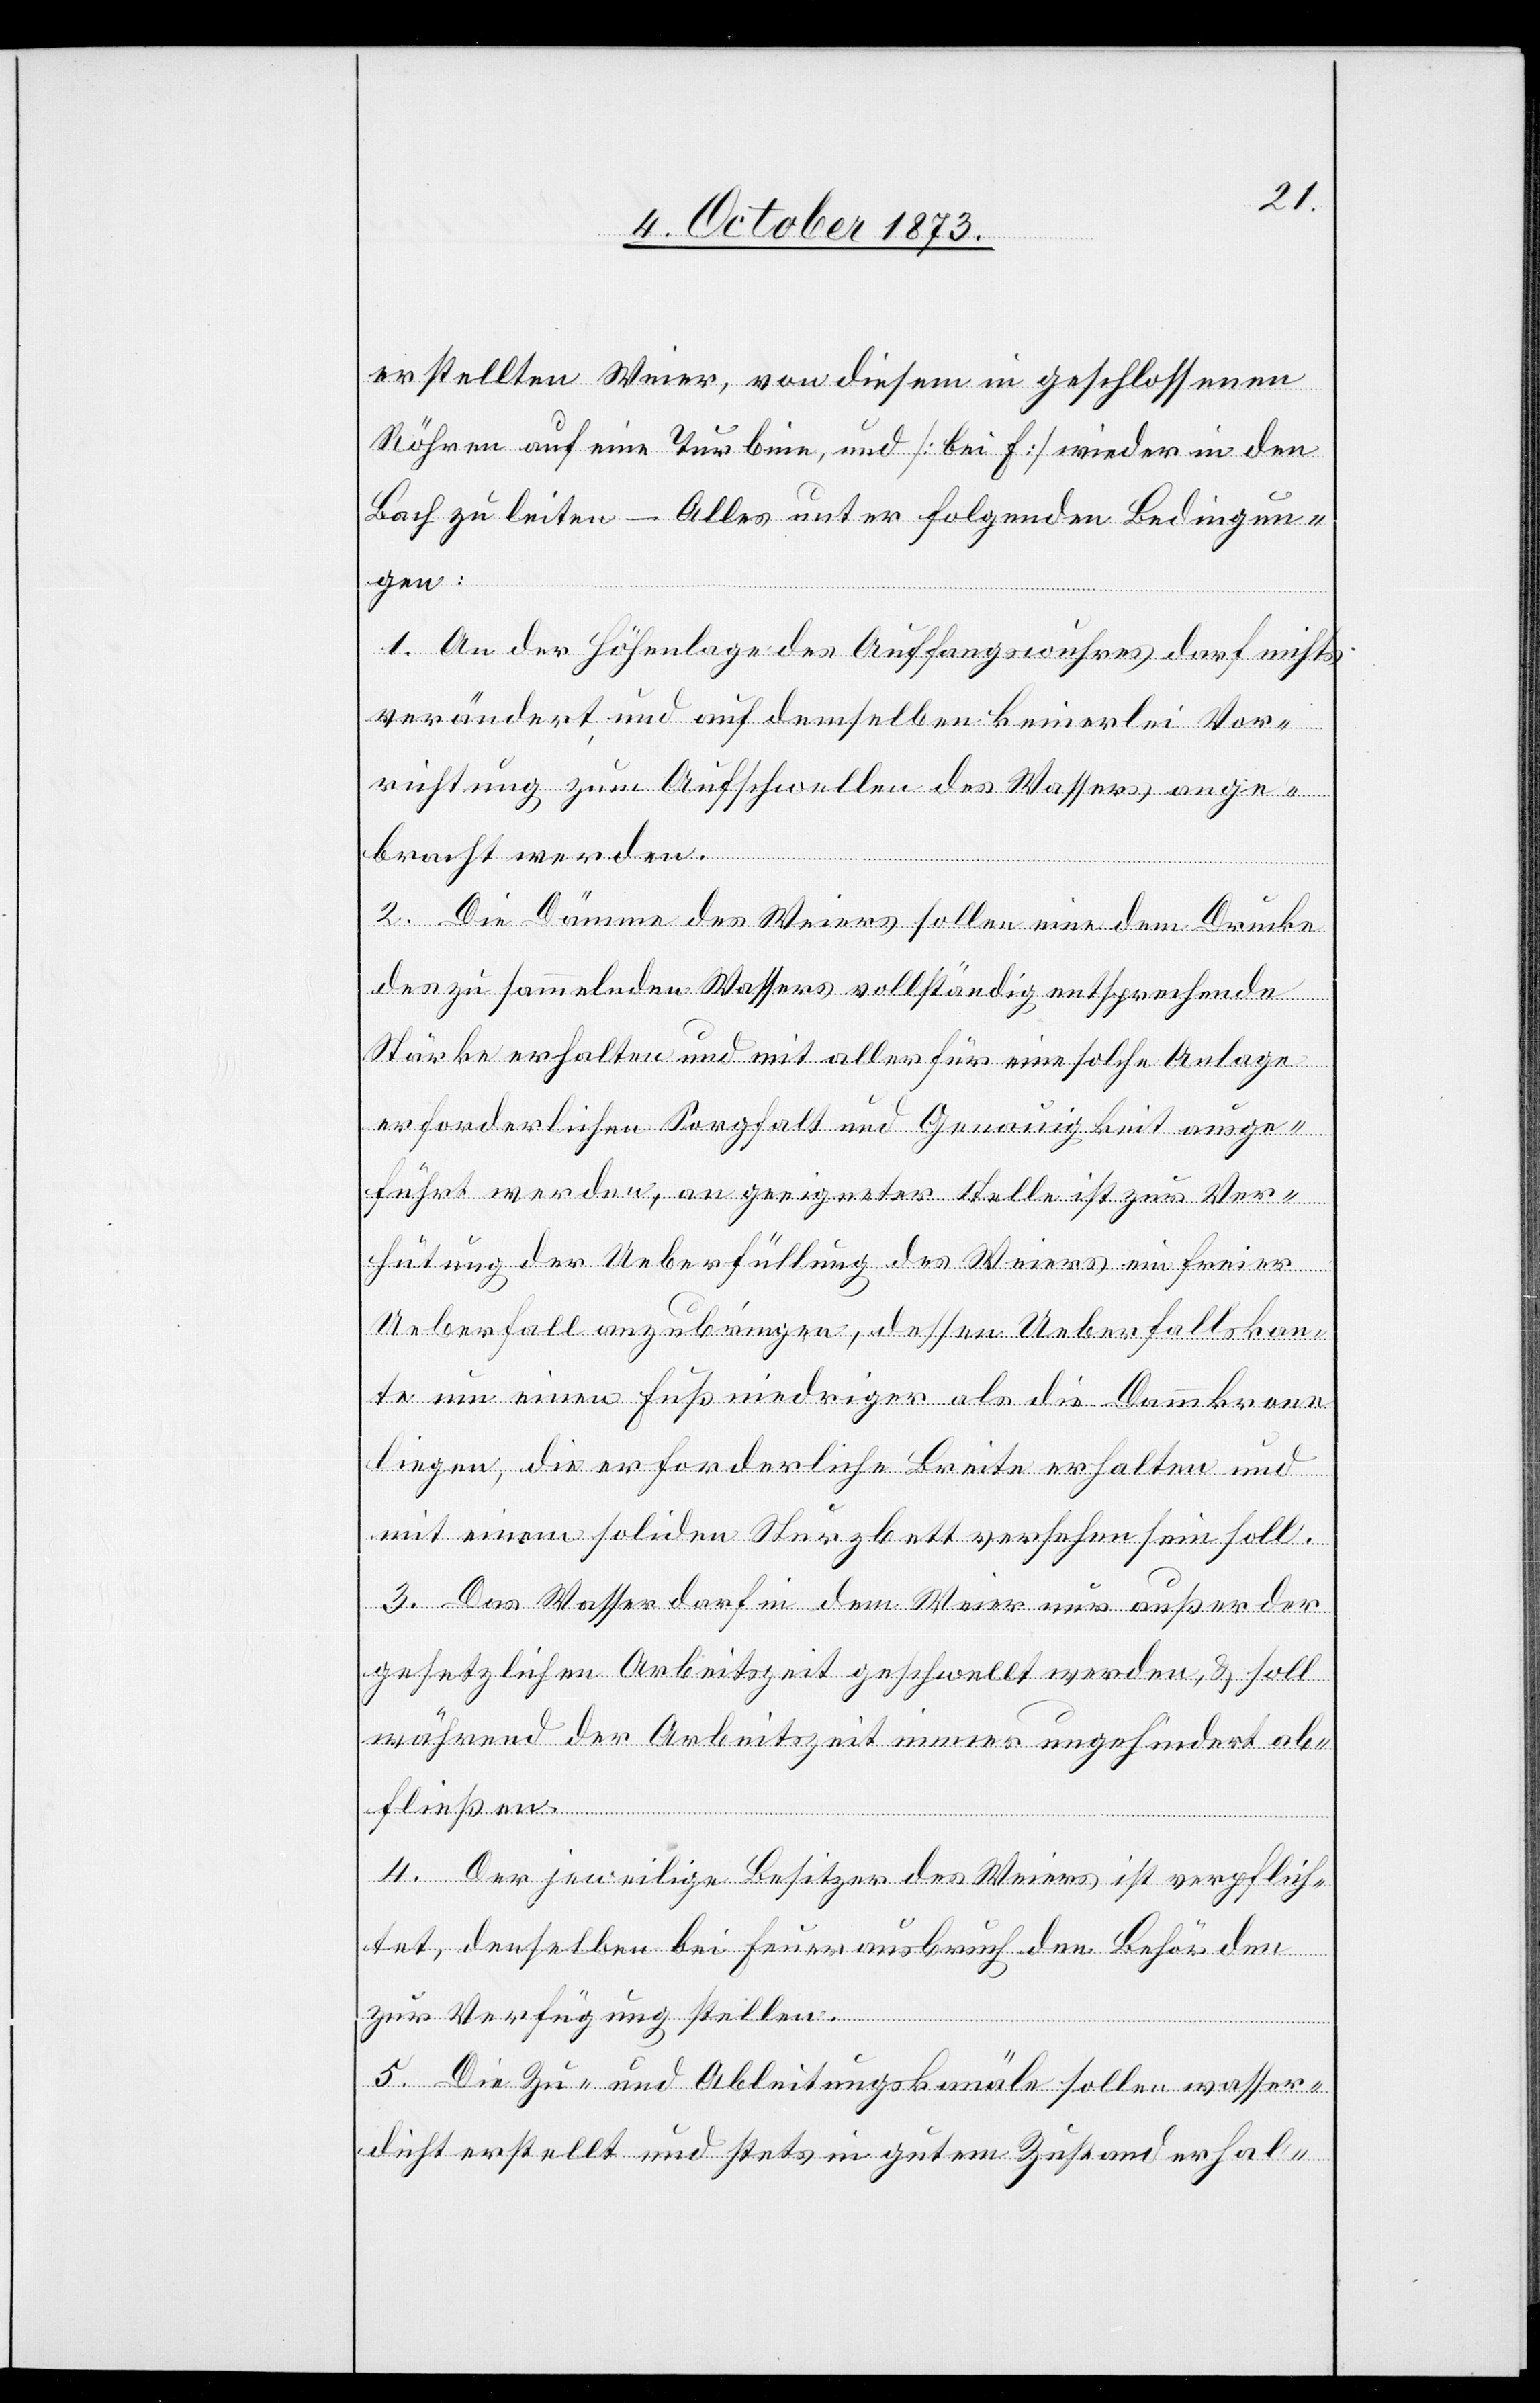
erstellten Weier, von diesem in geschlossenen
Röhren auf eine Turbine, und [bei F] wieder in den
Bach zu leiten – Alles unter folgenden Bedingun¬
gen:
1. An der Höhenlage des Auffangswuhres darf nichts
verändert, und auf demselben keinerlei Vor¬
richtung zum Aufschwellen des Wassers ange¬
bracht werden.
2. Die Dämme des Weiers sollen eine dem Drucke
des zu sammelnden Wassers vollständig entsprechende
Stärke erhalten und mit aller für eine solche Anlage
erforderlichen Sorgfalt und Genauigkeit ausge¬
führt werden, an geeigneter Stelle ist zur Ver¬
hütung der Ueberfüllung des Weiers ein freier
Ueberfall anzubringen, dessen Ueberfallskan¬
te um einen Fuß niedriger als die Dammkrone
liegen, die erforderliche Breite erhalten und
mit einem soliden Sturzbett versehen sein soll.
3. Das Wasser darf in dem Weier nur außer der
gesetzlichen Arbeitszeit geschwellt werden, & soll
während der Arbeitszeit immer ungehindert ab¬
fließen.
4. Der jeweilige Besitzer des Weiers ist verpflich¬
tet, denselben bei Feuerausbruch den Behörden
zur Verfügung stellen.
5. Die Zu- und Ableitungskanäle sollen wasser¬
dicht erstellt und stets in gutem Zustand erhal-